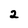
Character: 2